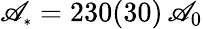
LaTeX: \mathscr{A}_{\scriptscriptstyle*}=230(30)\, \mathscr{A}_{0}